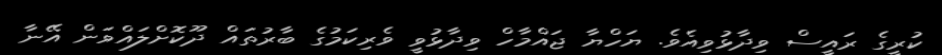
ކުރީގެ ރައީސް ވިދާޅުވިއެވެ. ޔަހްޔާ ޖައްމާހް ވިދާޅުވީ ވެރިކަމުގެ ބާރުތައް ދޫކޮށްލައްވަން އޭނާ